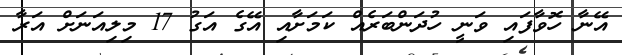
އޭނާ ހޮވާފައި ވަނީ ހުދަންބަރެއް ކަމަށާއި އޭގެ އަގު 17 މިލިއަނަށް އަރާ